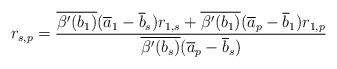
LaTeX: \begin{align*}r_{s,p}=\frac{\overline{\beta'(b_1)}(\overline{a}_1-\overline{b}_s)r_{1,s}+\overline{\beta'(b_1)}(\overline{a}_p-\overline{b}_1)r_{1,p}}{\overline{\beta'(b_s)}(\overline{a}_p-\overline{b}_s)}\end{align*}